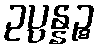
ဥပ္ပန္နဉ္စ